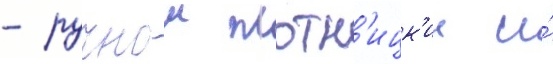
- ручнои плотн'ицк'ии и́